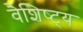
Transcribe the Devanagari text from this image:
वैशिष्ट्‍य